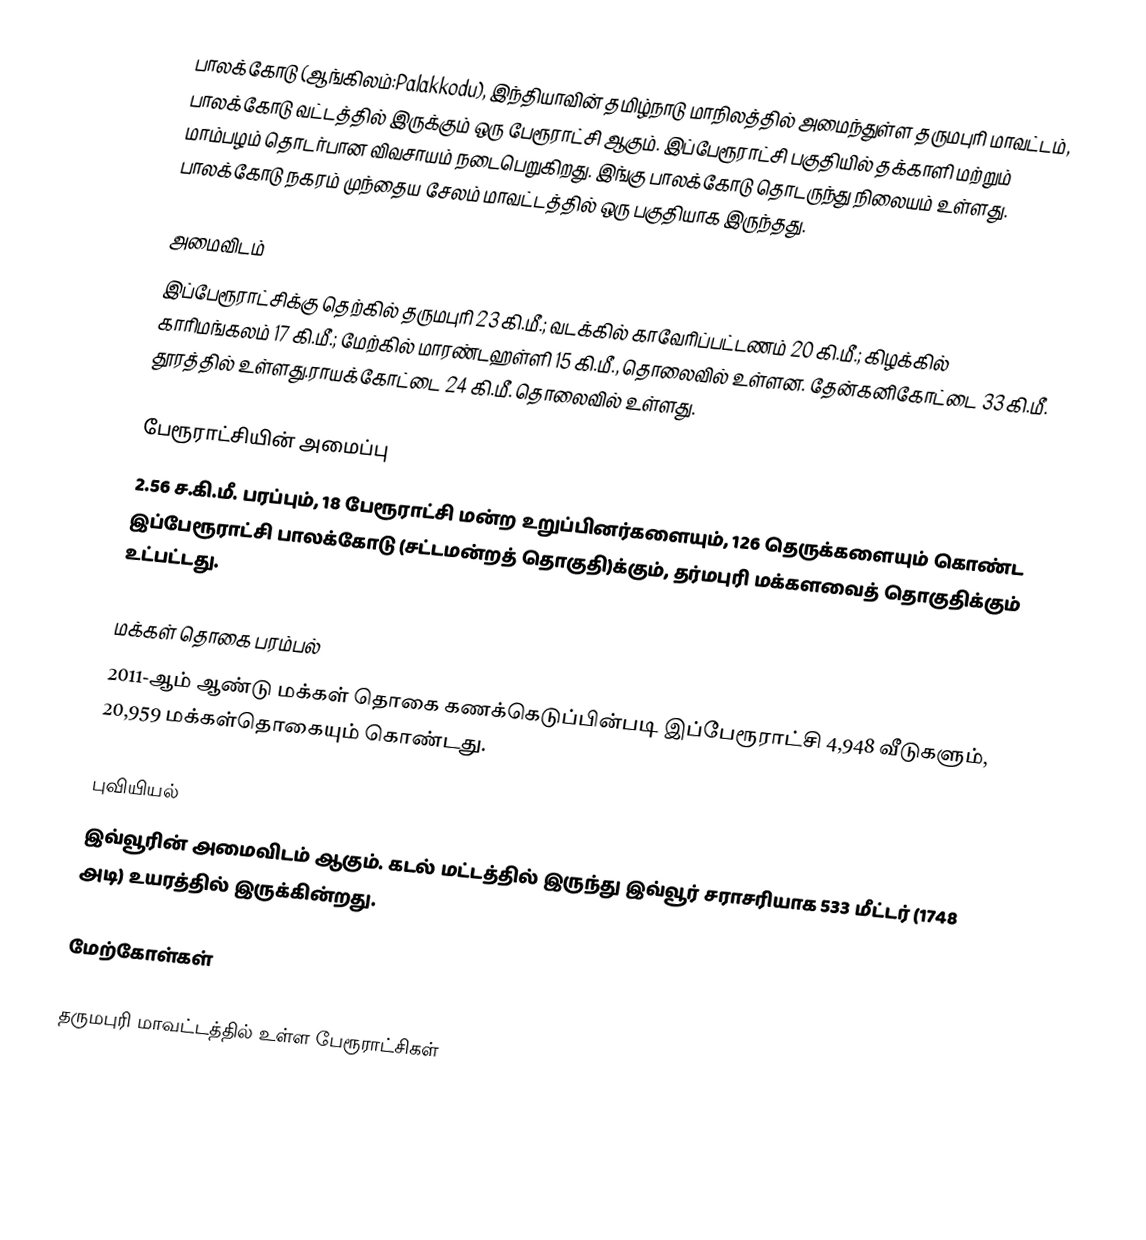
பாலக்கோடு (ஆங்கிலம்:Palakkodu), இந்தியாவின் தமிழ்நாடு மாநிலத்தில் அமைந்துள்ள தருமபுரி மாவட்டம், பாலக்கோடு வட்டத்தில் இருக்கும் ஒரு பேரூராட்சி ஆகும். இப்பேரூராட்சி பகுதியில் தக்காளி மற்றும் மாம்பழம் தொடர்பான விவசாயம் நடைபெறுகிறது. இங்கு பாலக்கோடு தொடருந்து நிலையம் உள்ளது.  பாலக்கோடு நகரம் முந்தைய சேலம் மாவட்டத்தில் ஒரு பகுதியாக இருந்தது.

அமைவிடம்
இப்பேரூராட்சிக்கு தெற்கில்  தருமபுரி 23 கி.மீ.; வடக்கில் காவேரிப்பட்டணம் 20 கி.மீ.; கிழக்கில் காரிமங்கலம் 17 கி.மீ.; மேற்கில் மாரண்டஹள்ளி 15 கி.மீ., தொலைவில் உள்ளன. தேன்கனிகோட்டை 33 கி.மீ. தூரத்தில் உள்ளது.ராயக்கோட்டை 24 கி.மீ. தொலைவில் உள்ளது.

பேரூராட்சியின் அமைப்பு
2.56 ச.கி.மீ. பரப்பும், 18  பேரூராட்சி மன்ற  உறுப்பினர்களையும், 126 தெருக்களையும் கொண்ட இப்பேரூராட்சி பாலக்கோடு   (சட்டமன்றத் தொகுதி)க்கும், தர்மபுரி மக்களவைத் தொகுதிக்கும் உட்பட்டது.

மக்கள் தொகை பரம்பல்
2011-ஆம் ஆண்டு மக்கள் தொகை கணக்கெடுப்பின்படி  இப்பேரூராட்சி 4,948 வீடுகளும், 20,959 மக்கள்தொகையும் கொண்டது.

புவியியல்
இவ்வூரின் அமைவிடம்  ஆகும். கடல் மட்டத்தில் இருந்து இவ்வூர் சராசரியாக 533 மீட்டர் (1748 அடி) உயரத்தில் இருக்கின்றது.

மேற்கோள்கள்

தருமபுரி மாவட்டத்தில் உள்ள பேரூராட்சிகள்